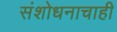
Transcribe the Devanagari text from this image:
संशोधनाचाही